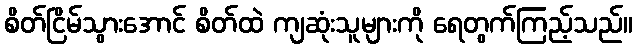
စိတ်ငြိမ်သွားအောင် စိတ်ထဲ ကျဆုံးသူများကို ရေတွက်ကြည့်သည်။